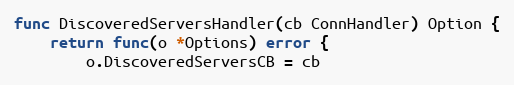
Language: Go
func DiscoveredServersHandler(cb ConnHandler) Option {
	return func(o *Options) error {
		o.DiscoveredServersCB = cb